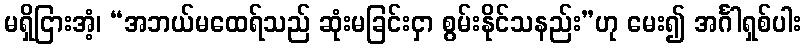
မရှိငြားအံ့၊ “အဘယ်မထေရ်သည် ဆုံးမခြင်းငှာ စွမ်းနိုင်သနည်း”ဟု မေး၍ အင်္ဂါရှစ်ပါး